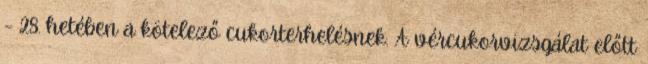
– 28. hetében a kötelező cukorterhelésnek. A vércukorvizsgálat előtt